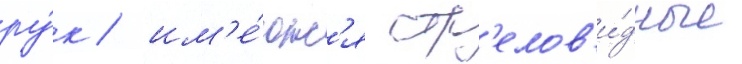
ру́к / им'е́ютс'я стр'елов'и́дные